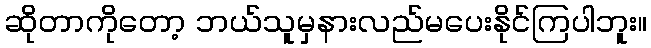
ဆိုတာကိုတော့ ဘယ်သူမှနားလည်မပေးနိုင်ကြပါဘူး။